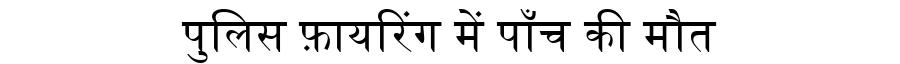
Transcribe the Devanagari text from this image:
पुलिस फ़ायरिंग में पाँच की मौत